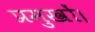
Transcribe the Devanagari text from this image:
प्रमुखों।